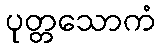
ပုတ္တသောကံ